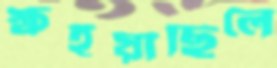
ক্ষইয়াছিলে